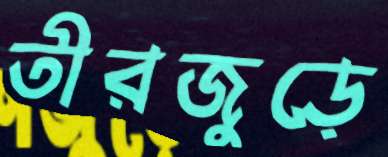
তীরজুড়ে